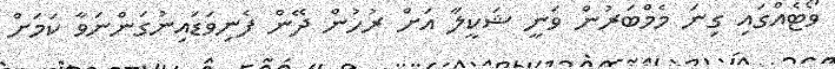
ވޯޓެއްގައި ގިނަ މެމްބަރުން ވަނީ ޝަކީލާ އަށް ރުހުން ދޭން ފެނިވަޑައިނުގަންނަވާ ކަމަށް